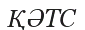
ҚӘТС